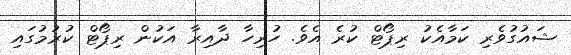
ޝައުގުވެރި ކަމާއެކު ރިޕޯޓް ކުރެ އެވެ. ހުރިހާ ދާއިރާ އަކުން ރިޕޯޓް ކުރުމުގައި